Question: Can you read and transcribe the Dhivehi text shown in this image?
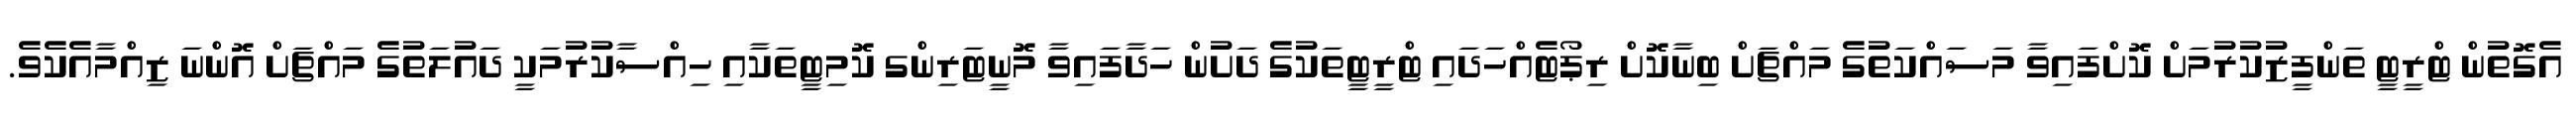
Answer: އެގޮތުން ޓްރީޓީ ތަންފީޒުކުރުމަށް ކޮށްފައިވާ މަސައްކަތުގެ މައްޗަށް ބިނާކޮށް ރިޕޯޓެއްހަދައި ޓްރީޓީތަކުގެ ދަށުން ހަދާފައިވާ މޮނީޓަރިންގ ކޮމިޓީތަކާއި ހިއްސާކުރުމަކީ ދައުލަތުގެ މައްޗަށް އޮންނަ ޒިއްމާއެކެވެ.